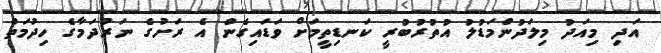
އަދި މިއަދު މިލަދުންމަޑުލު އުތުރުބުރީ ކަނޑިތީމަށް ވަޑައިގެން އެ ރަށުގެ ނަރުދަމާގެ ހިދުމަތް